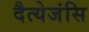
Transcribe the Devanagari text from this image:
दैत्येजंसि